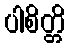
ပါစိတ္တိ